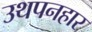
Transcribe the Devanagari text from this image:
उथपनहार